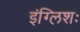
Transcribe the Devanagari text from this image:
इंग्लिशः